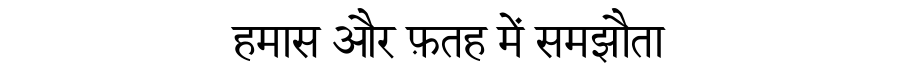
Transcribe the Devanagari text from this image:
हमास और फ़तह में समझौता